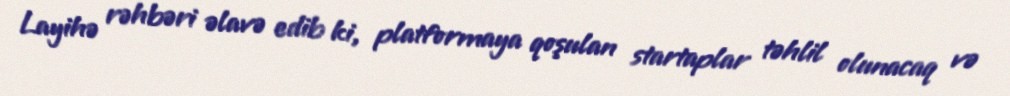
Layihə rəhbəri əlavə edib ki, platformaya qoşulan startaplar təhlil olunacaq və